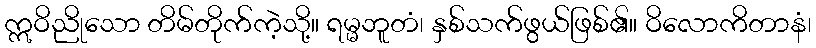
ဣဝိညိုသော တိမ်တိုက်ကဲ့သို့။ ရမ္မဘူတံ၊ နှစ်သက်ဖွယ်ဖြစ်၏။ ဝိလောကိတာနံ၊